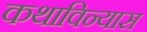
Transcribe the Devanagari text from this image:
कथाविन्यास